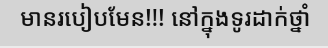
មានរបៀបមែន!!! នៅក្នុងទូរដាក់ថ្នាំ